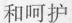
和呵护